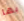
بها